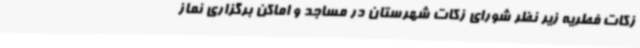
زکات فطریه زیر نظر شورای زکات شهرستان در مساجد و اماکن برگزاری نماز